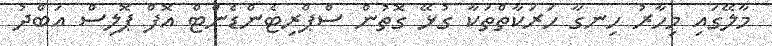
މާލޭގައި މިހާރު ހިނގާ ހަރަކާތްތަކާ ގުޅޭ ގޮތުން ސްޕްރިޓެންޑެންޓް އޮފް ޕޮލިސް އަބްދު